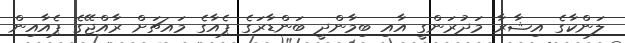
ލަންކާގެ އިޝާރާ މަދުރަންގީ އާއި ބިމާންދީ ބަންޑާރަގެ ޕެއާގެ މައޗަށް ރާއްޖޭގެ ޕެއާއިން